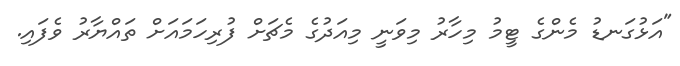
"އަޅުގަނޑު މެންގެ ޓީމު މިހާރު މިވަނީ މިއަދުގެ މެޗަށް ފުރިހަމައަށް ތައްޔާރު ވެފައި.